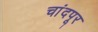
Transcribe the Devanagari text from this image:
चांदपूर